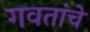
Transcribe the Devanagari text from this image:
गवतांचे